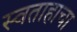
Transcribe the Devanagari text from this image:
स्वताहाचा